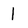
Character: 1